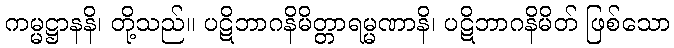
ကမ္မဋ္ဌာနနိ၊ တို့သည်။ ပဋိဘာဂနိမိတ္တာရမ္မဏာနိ၊ ပဋိဘာဂနိမိတ် ဖြစ်သော